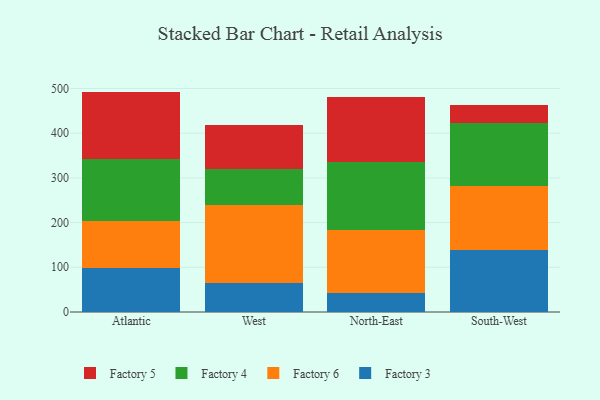
{"axis": {"x": "Region", "y": "Population (Million)"}, "legend": ["Factory 3", "Factory 4", "Factory 5", "Factory 6"], "data": [{"x": "Atlantic", "y": 97.4, "type": "Factory 3"}, {"x": "Atlantic", "y": 106.9, "type": "Factory 6"}, {"x": "Atlantic", "y": 138.3, "type": "Factory 4"}, {"x": "Atlantic", "y": 150.4, "type": "Factory 5"}, {"x": "West", "y": 65.2, "type": "Factory 3"}, {"x": "West", "y": 173.6, "type": "Factory 6"}, {"x": "West", "y": 80.2, "type": "Factory 4"}, {"x": "West", "y": 98.9, "type": "Factory 5"}, {"x": "North-East", "y": 42.2, "type": "Factory 3"}, {"x": "North-East", "y": 141.1, "type": "Factory 6"}, {"x": "North-East", "y": 153.0, "type": "Factory 4"}, {"x": "North-East", "y": 144.3, "type": "Factory 5"}, {"x": "South-West", "y": 138.9, "type": "Factory 3"}, {"x": "South-West", "y": 142.4, "type": "Factory 6"}, {"x": "South-West", "y": 141.2, "type": "Factory 4"}, {"x": "South-West", "y": 40.0, "type": "Factory 5"}]}